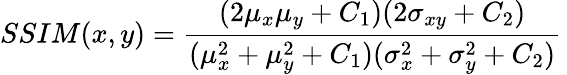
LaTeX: SSIM(x,y)=\frac{(2\mu_{x}\mu_{y}+C_{1})(2\sigma_{xy}+C_{2})}{(\mu_{x}^{2}+\mu_{y}^{2}+C_{1})(\sigma_{x}^{2}+\sigma_{y}^{2}+C_{2})}\,